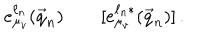
e _ { \mu _ { v } } ^ { \ell _ { n } } ( \vec { q } _ { n } ) \qquad [ e _ { \mu _ { v } } ^ { \ell _ { n } * } ( \vec { q } _ { n } ) ] \, .